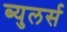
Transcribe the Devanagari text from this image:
ब्युलर्स